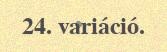
24. variáció.